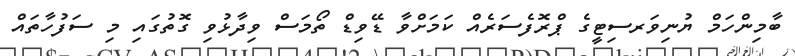
ބާމިންހަމް ޔުނިވަރސިޓީގެ ޕްރޮފެސަރެއް ކަމަށްވާ ޑޭވިޑް ތޯމަސް ވިދާޅުވި ގޮތުގައި މި ސަފުހާތައް